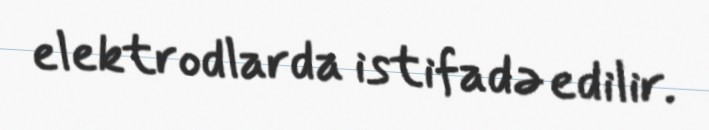
elektrodlarda istifadə edilir.